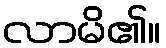
လာမိ၏။